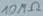
Text: 10MΩ